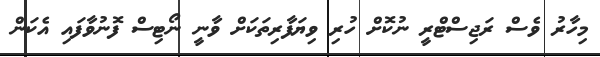
މިހާރު ވެސް ރަޖިސްޓްރީ ނުކޮށް ހުރި ވިޔަފާރިތަކަށް ވާނީ ނޯޓިސް ފޮނުވާފައި އެކަން